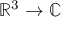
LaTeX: \mathbb { R } ^ { 3 } \to \mathbb { C }